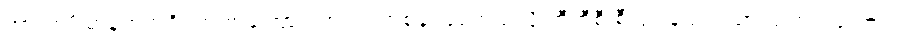
အားကျိုးမာန်တက်ရှိရတဲ့ အကြောင်းအရင်းတစ်ခု ဖြစ်တယ်လို့ ဘီဘီစီ စီးပွားနည်းပညာ သတင်းထောက်